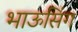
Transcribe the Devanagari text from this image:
भाऊसिंग